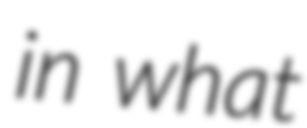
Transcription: in what